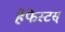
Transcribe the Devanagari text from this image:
हेफेस्टस्‌